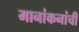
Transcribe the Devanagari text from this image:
मानांकनांची